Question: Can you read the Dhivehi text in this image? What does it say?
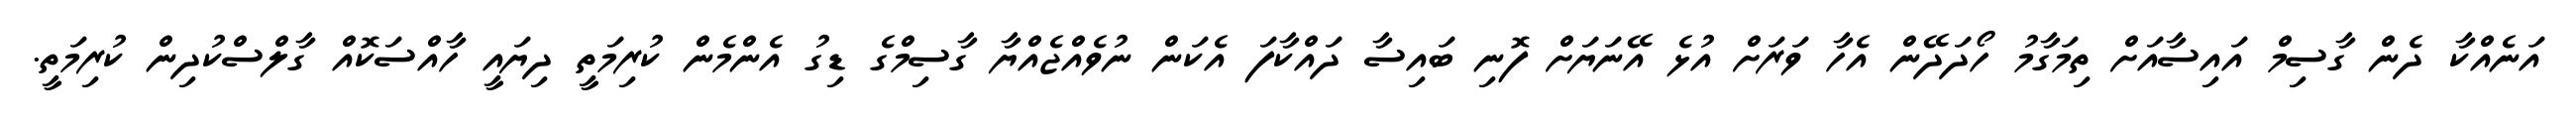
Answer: އަނެއްކާ ދެން ގާސިމް އައިސާއަށް ތިމަގާމު ހޯދަދޭން އެހާ ވަރަށް އުޅެ އޭނަޔަށް ފޮނި ބައިސާ ދައްކާފަ އެކަން ނުވެއްޖެއްޔާ ގާސިމްގެ ޑިގު އެންމެން ކުރިމަތީ ދިޔައީ ހާއްސަކޮއް ގާލްސްކުދިން ކުރިމަތީ.